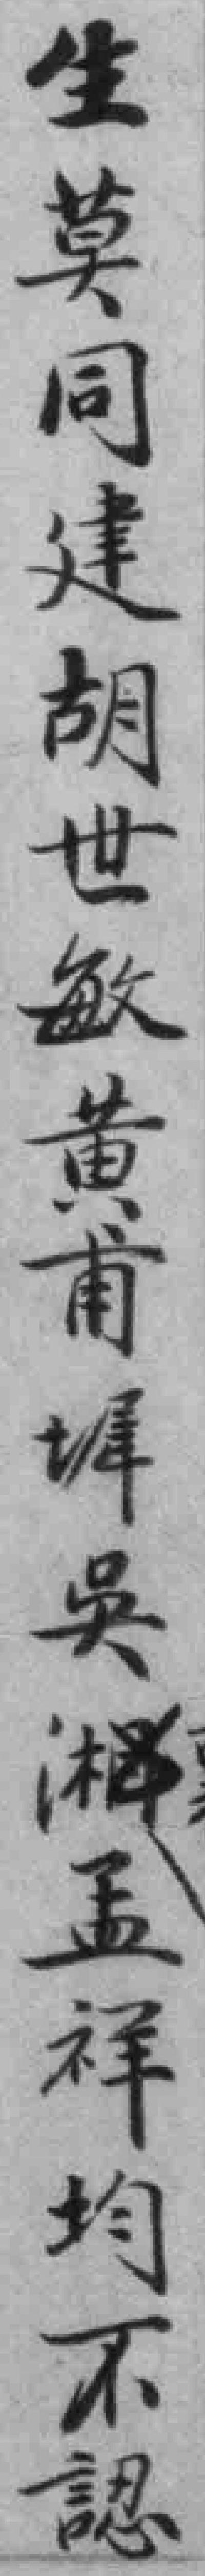
生莫同建胡世敏黄甫墀吳孟祥均不認